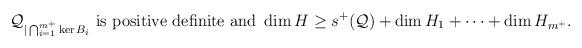
LaTeX: \begin{align*} \mathcal Q_{|\bigcap_{i=1}^{m^+}\ker B_i} \mbox{ is positive definite and }\dim H \ge s^+(\mathcal Q) + \dim H_1 + \cdots + \dim H_{m^+}.\end{align*}